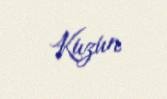
Kuzun